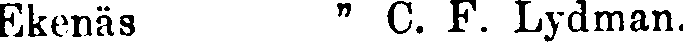
Ekenäs " C. F. Lydman.